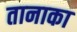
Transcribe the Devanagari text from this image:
तानाका